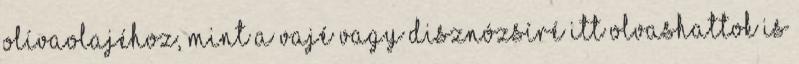
olívaolajéhoz, mint a vajé vagy disznózsíré Itt olvashattok is